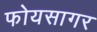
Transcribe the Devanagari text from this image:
फोयसागर